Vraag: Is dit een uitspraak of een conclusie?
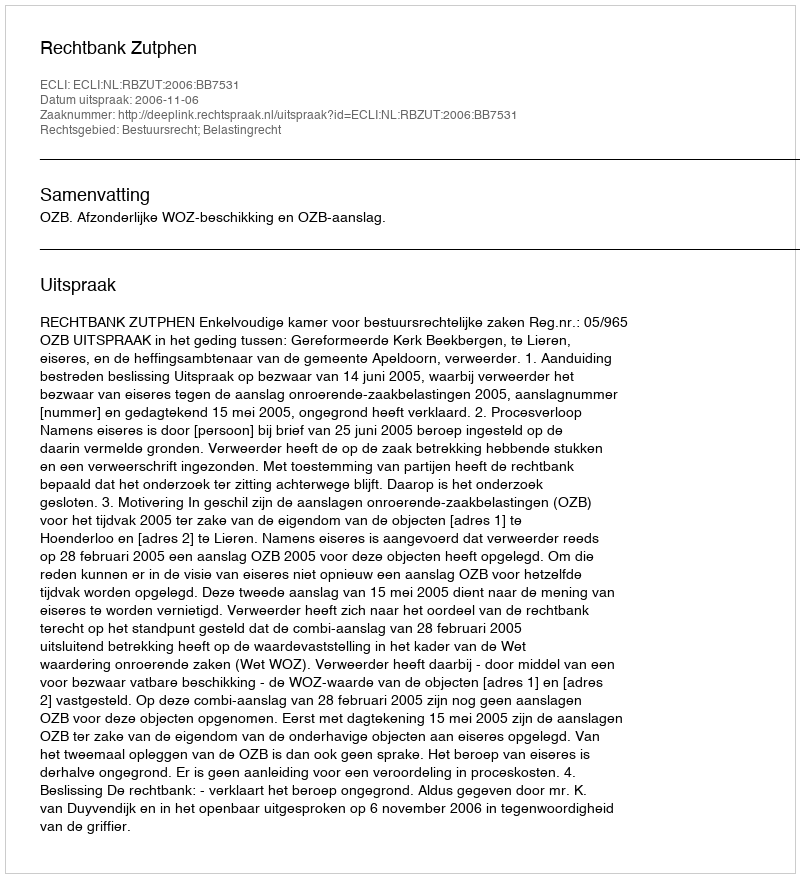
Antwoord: Uitspraak